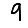
Digit: 9